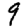
Digit: 9